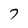
Character: 7